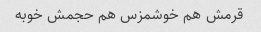
قرمش هم خوشمزس هم حجمش خوبه